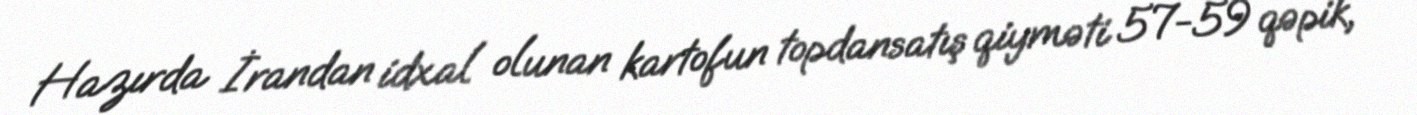
Hazırda İrandan idxal olunan kartofun topdansatış qiyməti 57-59 qəpik,